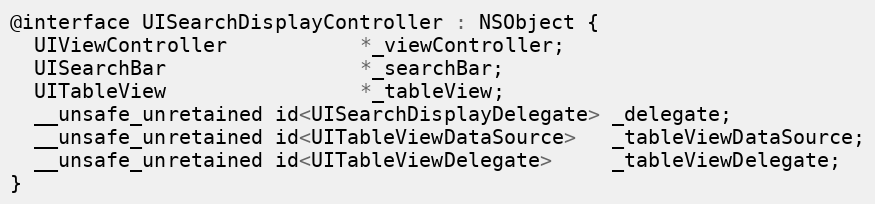
Language: C
@interface UISearchDisplayController : NSObject {
  UIViewController           *_viewController;
  UISearchBar                *_searchBar;
  UITableView                *_tableView;
  __unsafe_unretained id<UISearchDisplayDelegate> _delegate;
  __unsafe_unretained id<UITableViewDataSource>   _tableViewDataSource;
  __unsafe_unretained id<UITableViewDelegate>     _tableViewDelegate;
}